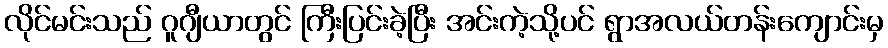
လိုင်မင်းသည် ဂူဂျီယာတွင် ကြီးပြင်းခဲ့ပြီး အင်းကဲ့သို့ပင် ရွာအလယ်တန်းကျောင်းမှ